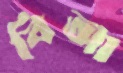
বিআ